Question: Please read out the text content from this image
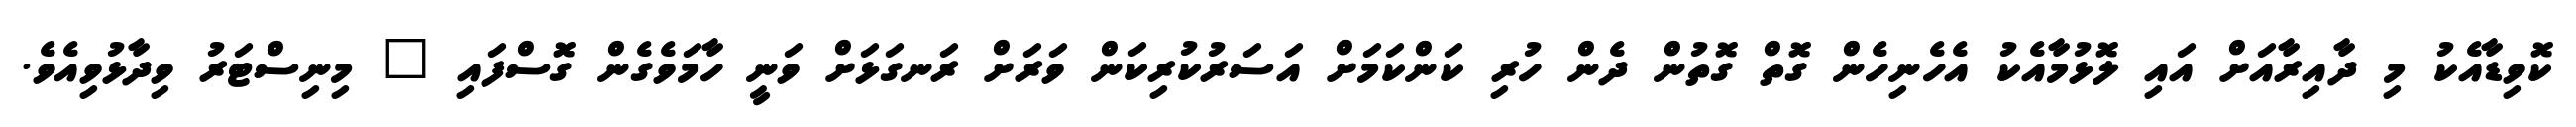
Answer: ކޮވިޑާއެކު މި ދާއިރާއަށް އައި ލޮޅުމާއެކު އެހެނިހެން ގޮތް ގޮތުން ދެން ހުރި ކަންކަމަށް އަސަރުކުރިކަން ވަރަށް ރަނގަޅަށް ވަނީ ހާމަވެގެން ގޮސްފައި " މިނިސްޓަރު ވިދާޅުވިއެވެ.